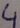
Text: 4